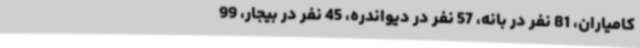
کامیاران، 81 نفر در بانه، 57 نفر در دیواندره، 45 نفر در بیجار، 99